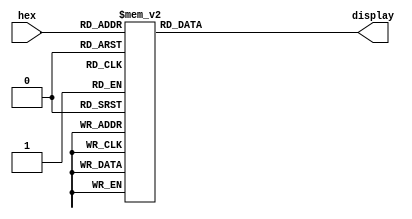
module hex7seg (hex, display);
input [3:0] hex;
output [0:6] display;
reg [0:6] display;
/*
*  0 
* 5 | | 1
*  6 
* 4 | | 2
*  3 
*/
always @ (hex)
case (hex)
4'h0: display = 7'b1000000;
4'h1: display = 7'b1111001;
4'h2: display = 7'b0100100;
4'h3: display = 7'b0110000;
4'h4: display = 7'b0011001;
4'h5: display = 7'b0010010;
4'h6: display = 7'b0000010;
4'h7: display = 7'b1111000;
4'h8: display = 7'b0000000;
4'h9: display = 7'b0011000;
4'hA: display = 7'b0001000;
4'hb: display = 7'b0000011;
4'hC: display = 7'b1000110;
4'hd: display = 7'b0100001;
4'hE: display = 7'b0000110;
4'hF: display = 7'b0001110;
endcase
endmodule